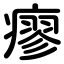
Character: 瘳